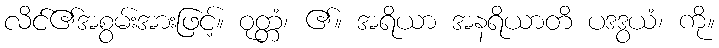
လိင်၏အစွမ်းအားဖြင့်။ ဝုတ္တံ၊ ၏။ အရိယာ အနရိယာတိ ပဒဒွယံ၊ ကို။